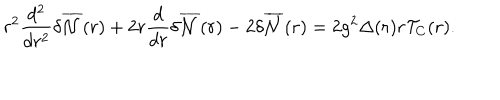
r ^ { 2 } \frac { d ^ { 2 } } { d r ^ { 2 } } { \delta } \overline { { { \cal { N } } } } ( r ) + 2 r \frac { d } { d r } { \delta } \overline { { { \cal { N } } } } ( r ) - 2 { \delta } \overline { { { \cal { N } } } } ( r ) = 2 g ^ { 2 } { \Delta } ( r ) r { \cal T } _ { C } ( r ) .